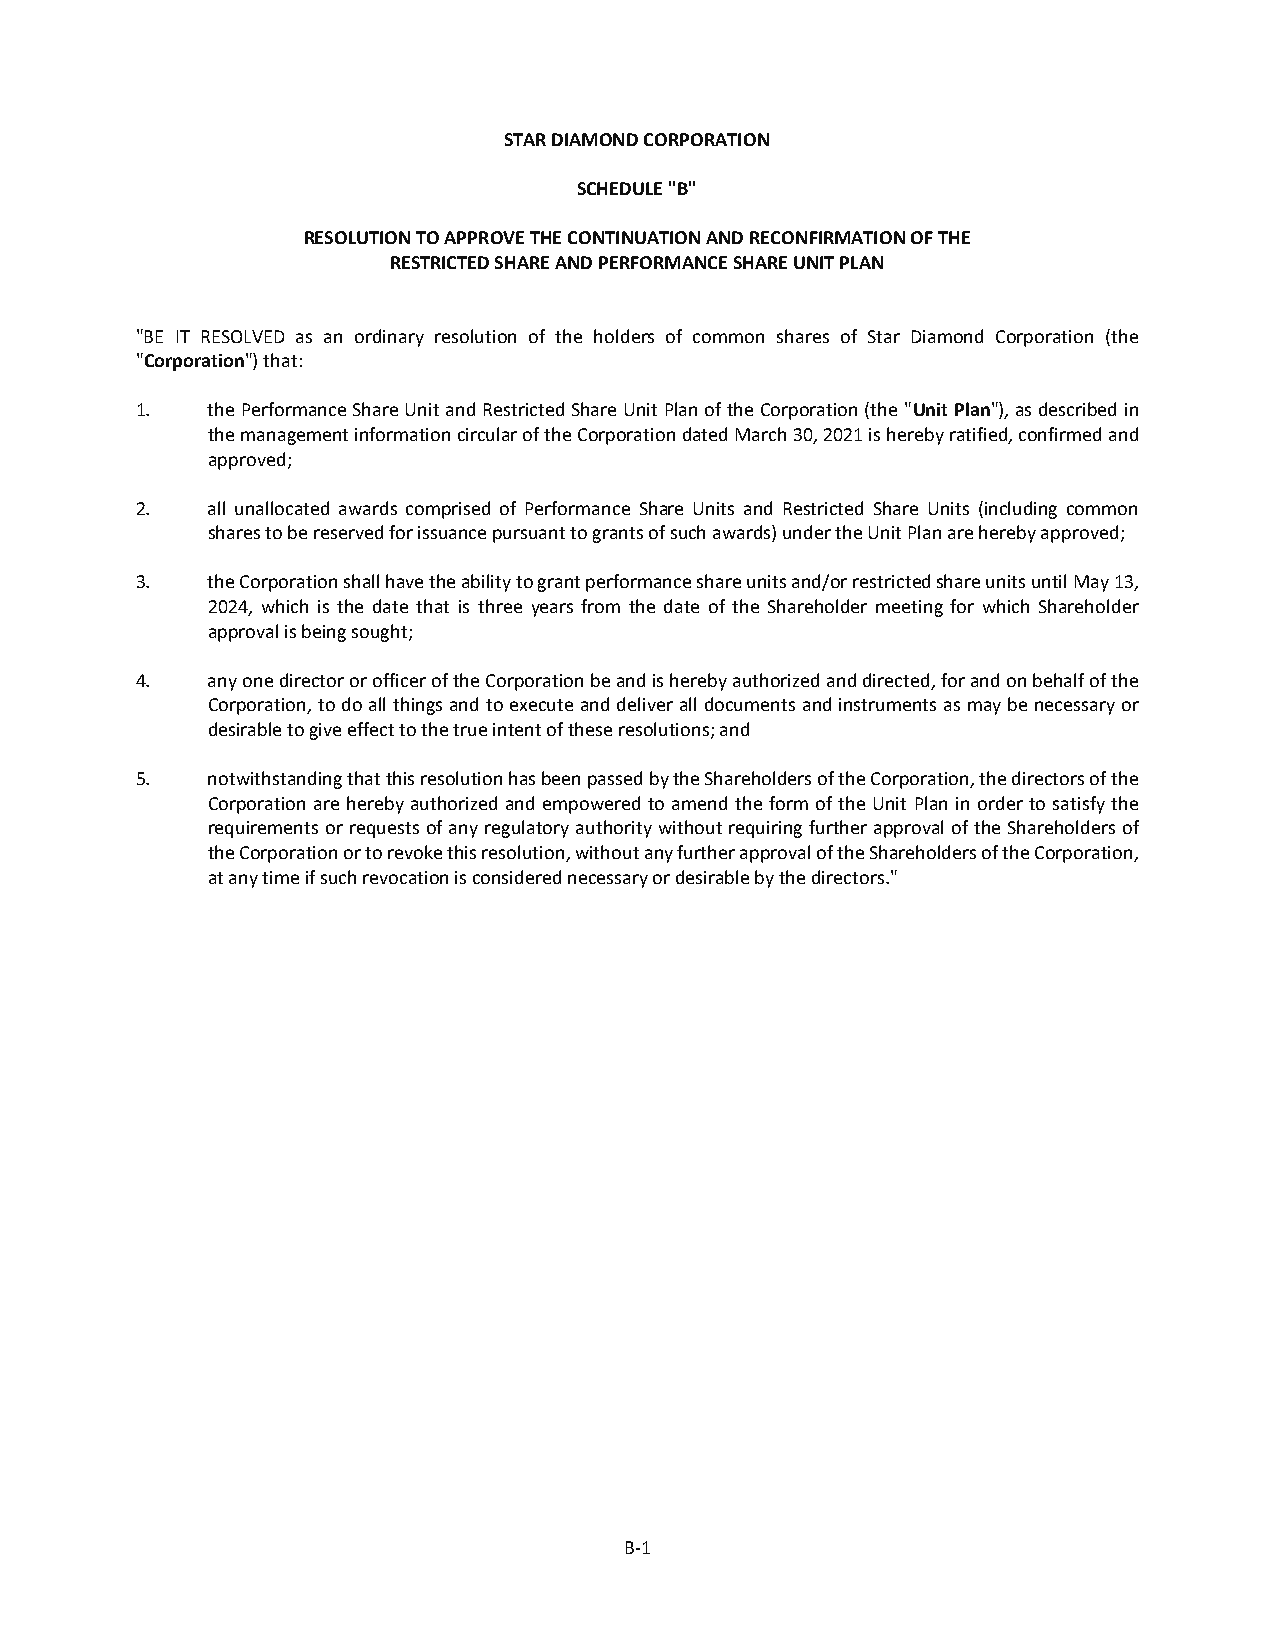
STAR DIAMOND CORPORATION
 SCHEDULE "B"
 RESOLUTION TO APPROVE THE CONTINUATION AND RECONFIRMATION OF THE
 RESTRICTED SHARE AND PERFORMANCE SHARE UNIT PLAN
 "BE IT RESOLVED as an ordinary resolution of the holders of common shares of Star Diamond Corporation (the
 "Corporation") that:
 1.   the Performance Share Unit and Restricted Share Unit Plan of the Corporation (the "Unit Plan"), as described in
 the management information circular of the Corporation dated March 30, 2021 is hereby ratified, confirmed and
 approved;
 2.   all unallocated awards comprised of Performance Share Units and Restricted Share Units (including common
 shares to be reserved for issuance pursuant to grants of such awards) under the Unit Plan are hereby approved;
 3.   the Corporation shall have the ability to grant performance share units and/or restricted share units until May 13,
 2024, which is the date that is three years from the date of the Shareholder meeting for which Shareholder
 approval is being sought;
 4.   any one director or officer of the Corporation be and is hereby authorized and directed, for and on behalf of the
 Corporation, to do all things and to execute and deliver all documents and instruments as may be necessary or
 desirable to give effect to the true intent of these resolutions; and
 5.   notwithstanding that this resolution has been passed by the Shareholders of the Corporation, the directors of the
 Corporation are hereby authorized and empowered to amend the form of the Unit Plan in order to satisfy the
 requirements or requests of any regulatory authority without requiring further approval of the Shareholders of
 the Corporation or to revoke this resolution, without any further approval of the Shareholders of the Corporation,
 at any time if such revocation is considered necessary or desirable by the directors."
 B-1